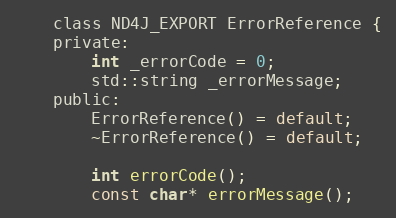
Language: C
    class ND4J_EXPORT ErrorReference {
    private:
        int _errorCode = 0;
        std::string _errorMessage;
    public:
        ErrorReference() = default;
        ~ErrorReference() = default;

        int errorCode();
        const char* errorMessage();